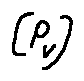
[ P _ { V } ]